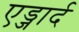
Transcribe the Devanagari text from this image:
एड्जार्द